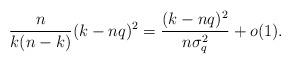
LaTeX: \begin{align*}\frac{n}{k(n-k)} (k-nq)^2 = \frac{(k-nq)^2}{n \sigma_q^2} + o(1).\end{align*}